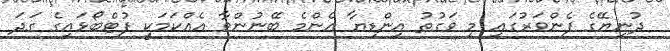
ދުނިޔޭގެ ފެންވަރުގައި މި ވަގުތު އިންޑިޔާ އެންމެ ބޭނުންވާ އެއްކަމަކީ ފުޓްބޯޅައިގެ ގަދަ